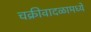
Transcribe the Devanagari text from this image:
चक्रीवादळामध्ये